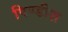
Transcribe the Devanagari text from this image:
पिण्डीश